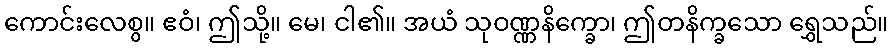
ကောင်းလေစွ။ ဧဝံ၊ ဤသို့။ မေ၊ ငါ၏။ အယံ သုဝဏ္ဏနိက္ခော၊ ဤတနိက္ခသော ရွှေသည်။